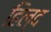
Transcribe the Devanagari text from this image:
हिल्द